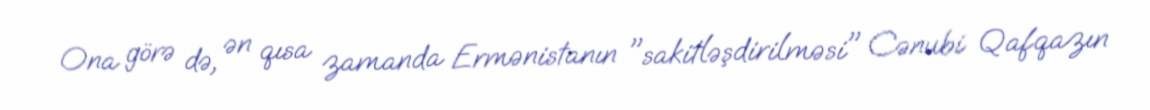
Ona görə də, ən qısa zamanda Ermənistanın "sakitləşdirilməsi" Cənubi Qafqazın